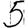
Digit: 5